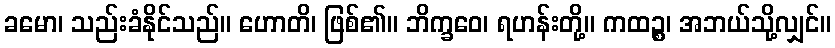
ခမော၊ သည်းခံနိုင်သည်။ ဟောတိ၊ ဖြစ်၏။ ဘိက္ခဝေ၊ ရဟန်းတို့။ ကထဉ္စ၊ အဘယ်သို့လျှင်။